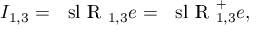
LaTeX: I _ { 1 , 3 } = \mathrm { ~ { \ s l ~ I \! \! R } ~ } _ { 1 , 3 } e = \mathrm { ~ { \ s l ~ I \! \! R } ~ } _ { 1 , 3 } ^ { + } e ,